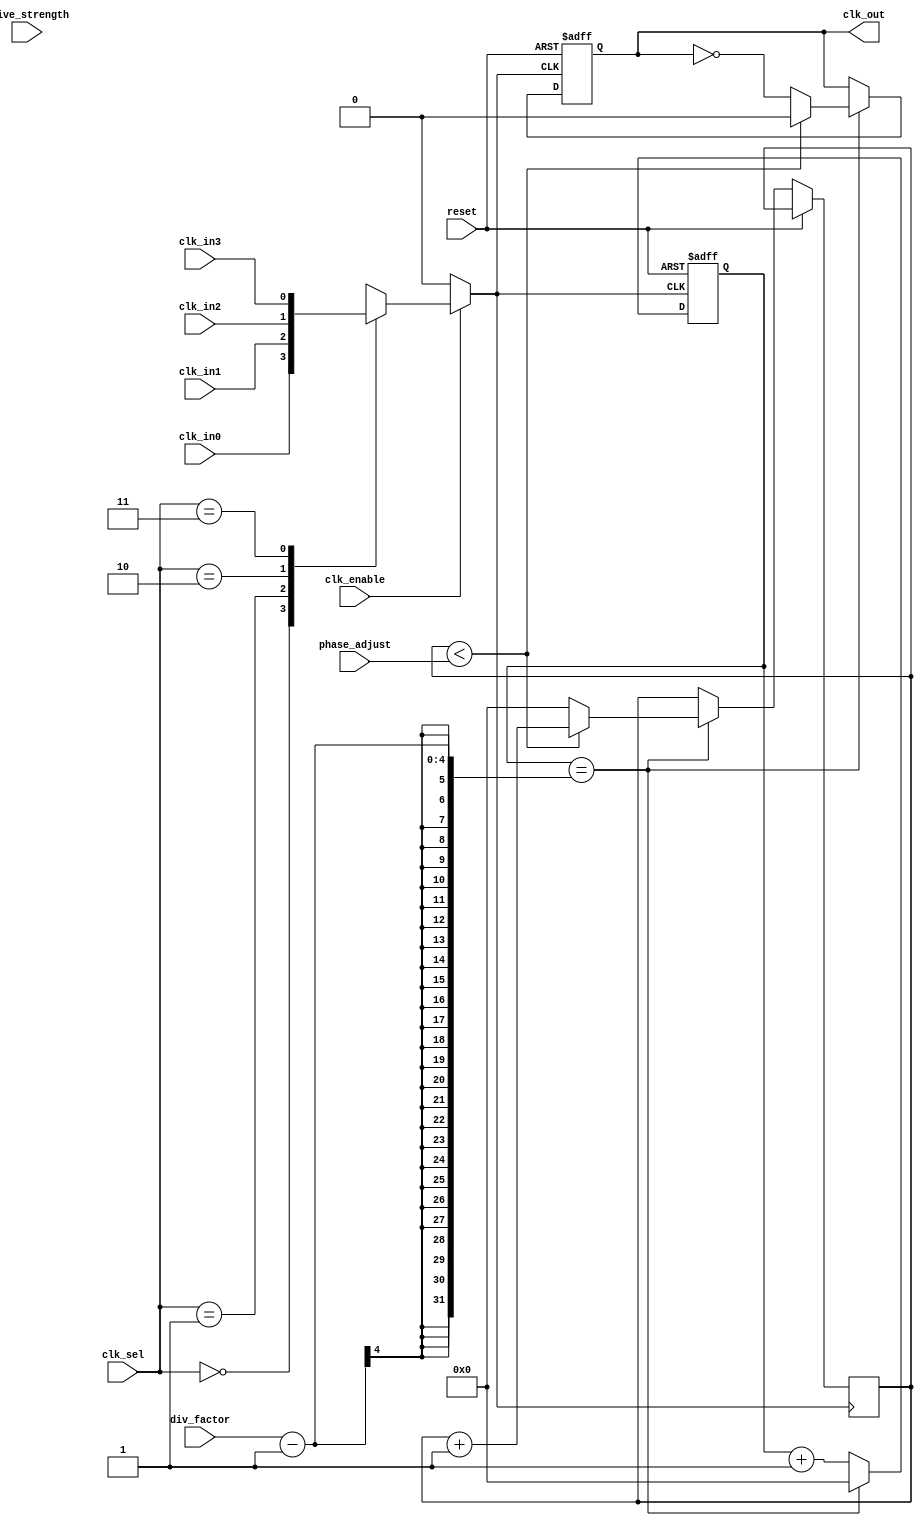
module programmable_clock_buffer (
    input wire clk_in0,
    input wire clk_in1,
    input wire clk_in2,
    input wire clk_in3,
    input wire [1:0] clk_sel,           // Clock selection
    input wire [3:0] div_factor,        // Division factor
    input wire [3:0] phase_adjust,      // Phase adjustment
    input wire [1:0] drive_strength,     // Drive strength control
    input wire clk_enable,              // Clock gating enable
    input wire reset,                   // Asynchronous reset
    output reg clk_out                  // Output clock
);

// Internal signals
reg selected_clk;
reg [3:0] counter;
reg [3:0] phase_counter;

// Clock selection multiplexer
always @(*) begin
    case (clk_sel)
        2'b00: selected_clk = clk_in0;
        2'b01: selected_clk = clk_in1;
        2'b10: selected_clk = clk_in2;
        2'b11: selected_clk = clk_in3;
        default: selected_clk = clk_in0;
    endcase
end

// Clock gating
wire gated_clk = clk_enable ? selected_clk : 1'b0;

// Frequency division logic and phase adjustment
always @(posedge gated_clk or posedge reset) begin
    if (reset) begin
        counter <= 0;
        clk_out <= 0;
    end else begin
        // Frequency divider
        if (counter == div_factor - 1) begin
            counter <= 0;
            // Phase adjustment logic (simple delay)
            if (phase_counter < phase_adjust) begin
                clk_out <= 0;
                phase_counter <= phase_counter + 1;
            end else begin
                clk_out <= ~clk_out;
                phase_counter <= 0; // reset phase counter
            end
        end else begin
            counter <= counter + 1;
        end
    end
end

// Drive strength control (simplified)
always @(*) begin
    case (drive_strength)
        2'b00: // Low drive strength (1x)
            clk_out <= clk_out;
        2'b01: // Medium drive strength (2x)
            clk_out <= clk_out; // Implement appropriate buffering
        2'b10: // High drive strength (3x)
            clk_out <= clk_out; // Implement appropriate buffering
        default: // Default case
            clk_out <= clk_out;
    endcase
end

endmodule